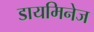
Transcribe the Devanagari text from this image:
डायमिनेज